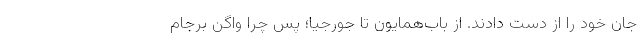
جان خود را از دست دادند. از باب‌ْهمایون تا جورجیا؛ پس چرا واگنِ برجام